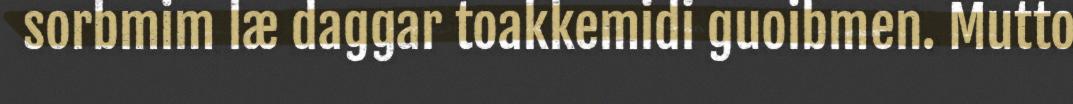
sorbmim læ daggar toakkemidi guoibmen. Mutto